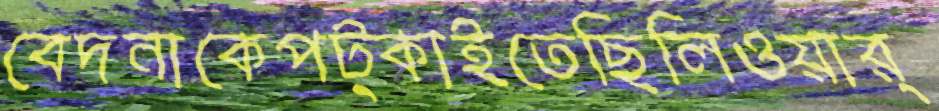
বেদনাকেপট্‌কাইতেছিলিওয়ার্